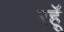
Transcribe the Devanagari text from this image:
रहॅू